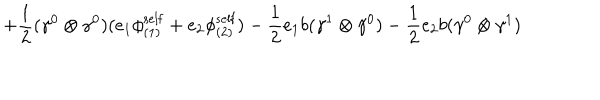
+ \frac { 1 } { 2 } ( { \gamma } ^ { 0 } \otimes { \gamma } ^ { 0 } ) ( e _ { 1 } { \phi } _ { ( 1 ) } ^ { \mathrm { s e l f } } + e _ { 2 } { \phi } _ { ( 2 ) } ^ { \mathrm { s e l f } } ) - \frac { 1 } { 2 } e _ { 1 } b ( { \gamma } ^ { 1 } \otimes { \gamma } ^ { 0 } ) - \frac { 1 } { 2 } e _ { 2 } b ( { \gamma } ^ { 0 } \otimes { \gamma } ^ { 1 } )